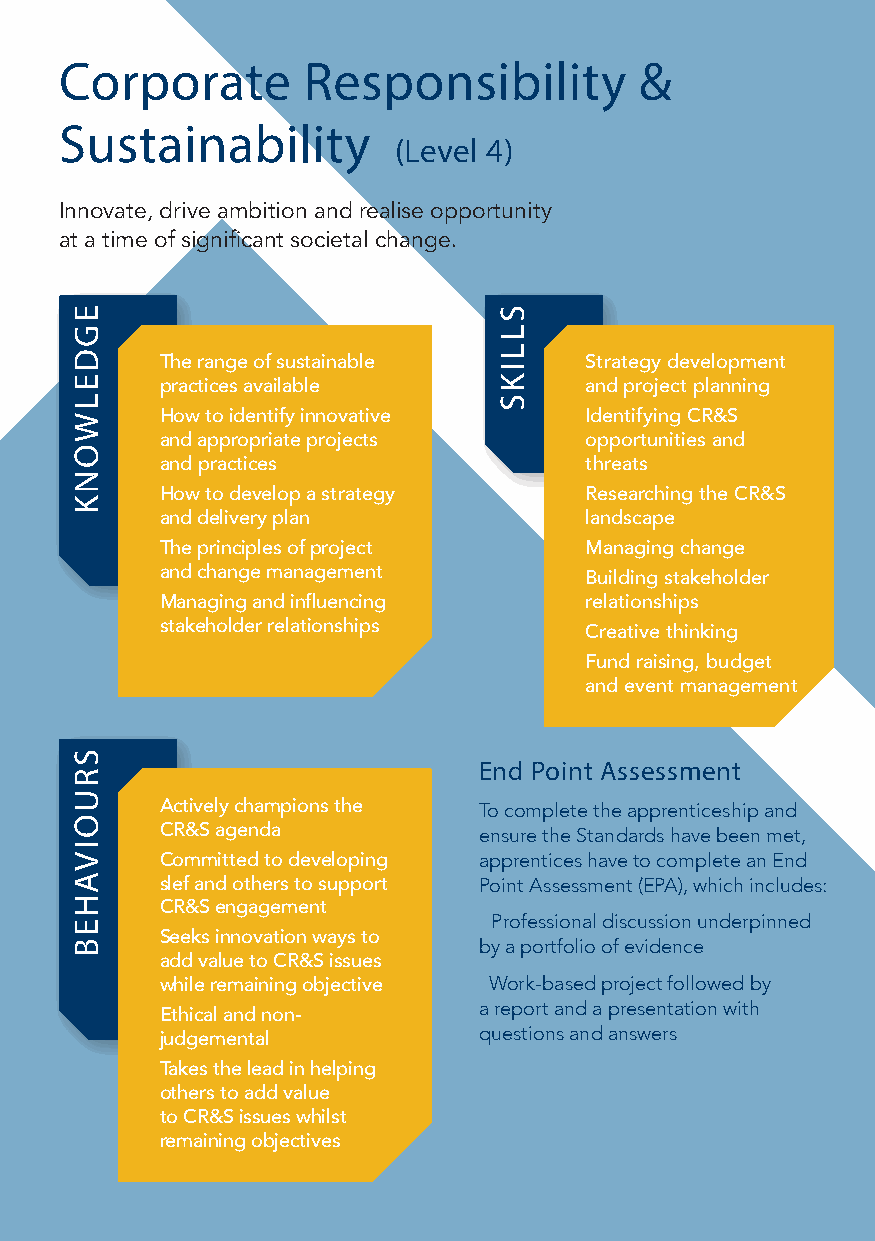
Corporate       Responsibility        &
 Sustainability
 (Level 4)
 Innovate, drive ambition and realise opportunity
 at a time of significant societal change.
 ● The range of sustainable   ● Strategy development
 practices available         and project planning
 ● How to identify innovative ● Identifying CR&S
 and appropriate projects    opportunities and
 and practices               threats
 ● How to develop a strategy  ● Researching the CR&S
 and delivery plan           landscape
 ● The principles of project  ● Managing change
 and change management      ● Building stakeholder
 ● Managing and influencing    relationships
 stakeholder relationships  ● Creative thinking
 ● Fund raising, budget
 and event management
 End Point Assessment
 ● Actively champions the To complete the apprenticeship and
 CR&S agenda          ensure the Standards have been met,
 ● Committed to developing apprentices have to complete an End
 slef and others to support Point Assessment (EPA), which includes:
 CR&S engagement
 ● Professional discussion underpinned
 ● Seeks innovation ways to
 by a portfolio of evidence
 add value to CR&S issues
 while remaining objective ● Work-based project followed by
 a report and a presentation with
 ● Ethical and non-
 questions and answers
 judgemental
 ● Takes the lead in helping
 others to add value
 to CR&S issues whilst
 remaining objectives
 EGDELWONK
 SRUOIVAHEB
 SLLIKS